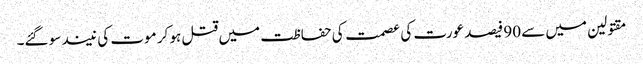
مقتولین میں سے 90 فیصد عورت کی عصمت کی حفاظت میں قتل ہو کر موت کی نیند سو گئے۔